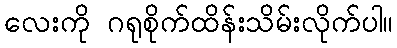
လေးကို ဂရုစိုက်ထိန်းသိမ်းလိုက်ပါ။